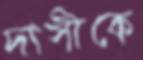
দাসীকে